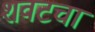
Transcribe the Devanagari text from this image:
शवटचा